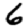
Digit: 6